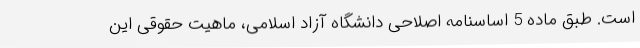
است. طبق ماده 5 اساسنامه اصلاحی دانشگاه آزاد اسلامی، ماهیت حقوقی این